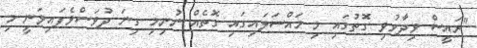
"ރައީސް ވިދާޅުވި ގޮތުގައި މި މައްސަލައިގައި ގޮތެއް ނުނިމި ގިނަ ދުވަސްވެފައިވަނީ މި